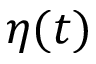
\eta ( t )